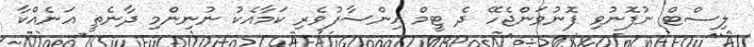
ލިސްޓް ނުފޮނުވި ފޮނުވަންޖެހޭ ދެ ޓީމް އިންސާފުވެރި ކަމާއެކު ނުނިންމި ދާނެތީ އަނެއްކާ